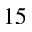
1 5